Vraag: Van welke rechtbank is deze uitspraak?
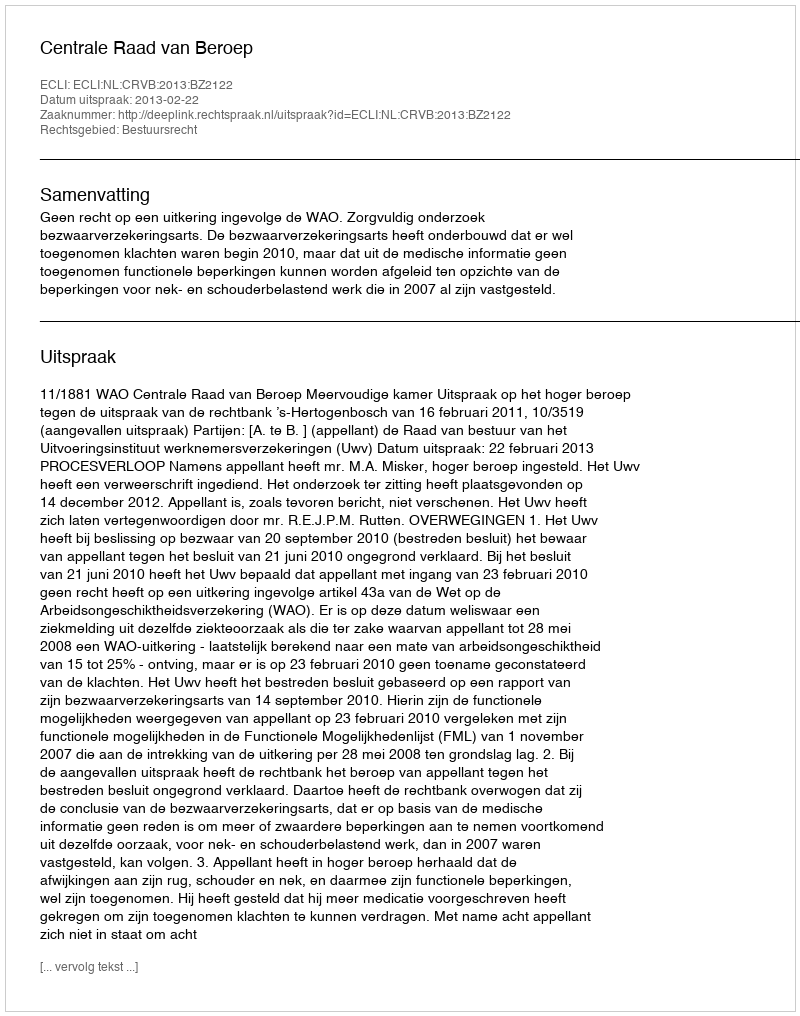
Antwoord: Centrale Raad van Beroep